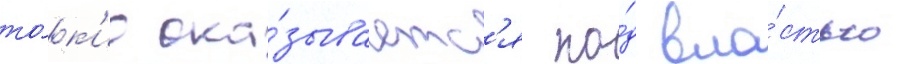
то́к'ио ока́зываетс'я по́д вла́стью